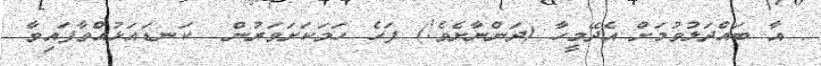
އާ ބައްދަލުވުމަށް އެދޭމީހާ (ދަންނާށެވެ!) ފަހެ ހަމަކަށަވަރުން  ކަނޑައަޅުއްވާފައިވާ